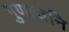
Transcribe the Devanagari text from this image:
गुणाचेनि